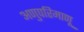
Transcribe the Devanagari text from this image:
अणुपरिमाणू